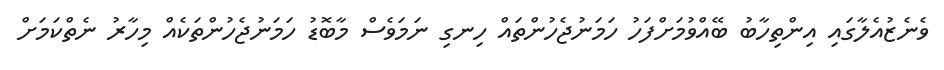
ވެނެޒުއެލާގައި އިންތިހާބު ބޭއްވުމަށްފަހު ހަމަނުޖެހުންތައް ހިނގި ނަމަވެސް މާބޮޑު ހަމަނުޖެހުންތަކެއް މިހާރު ނެތްކަމަށް